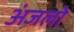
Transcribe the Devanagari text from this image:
अंजलो